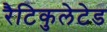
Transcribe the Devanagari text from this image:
रैटिकुलेटेड